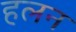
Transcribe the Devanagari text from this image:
हलन